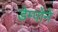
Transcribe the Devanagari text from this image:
डेम्पोने